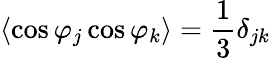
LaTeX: \langle\cos\varphi_{j}\cos\varphi_{k}\rangle=\frac{1}{3}\delta_{jk}